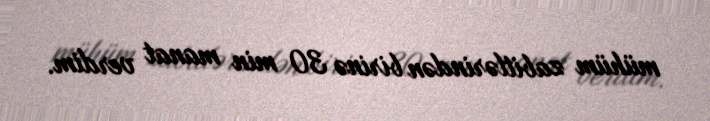
mühüm zabitlərindən birinə 30 min manat verdim.